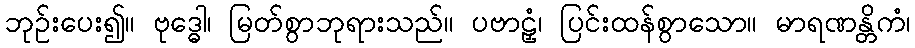
ဘုဉ်းပေး၍။ ဗုဒ္ဓေါ၊ မြတ်စွာဘုရားသည်။ ပဗာဠှံ၊ ပြင်းထန်စွာသော။ မာရဏန္တိကံ၊